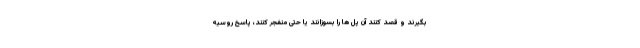
بگیرند و قصد کنند آن پل ها را بسوزانند یا حتی منفجر كنند، پاسخ روسیه